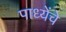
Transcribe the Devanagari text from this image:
पाध्येंचे